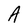
Character: A